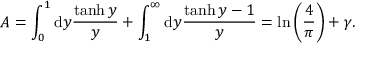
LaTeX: A = \int _ { 0 } ^ { 1 } \mathrm { d } y { \frac { \operatorname { t a n h } y } { y } } + \int _ { 1 } ^ { \infty } \mathrm { d } y { \frac { \operatorname { t a n h } y - 1 } { y } } = \ln \left( { \frac { 4 } { \pi } } \right) + \gamma .